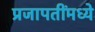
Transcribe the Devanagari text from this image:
प्रजापतींमध्ये